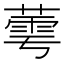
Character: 𬝷